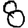
Digit: 8